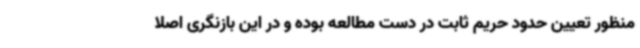
‌منظور تعیین حدود حریم ثابت در دست مطالعه بوده و در این بازنگری اصلاً